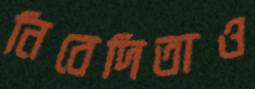
নিবেদিতাও